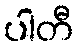
ပါတီ